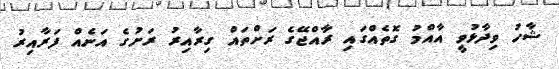
ޝާހު ވިދާޅުވީ އާއްމު ގޮތެއްގައި ރާއްޖޭގެ ރަށްތައް ގިރާއިރު ރަށުގެ އަނެއް ފަރާއިރު